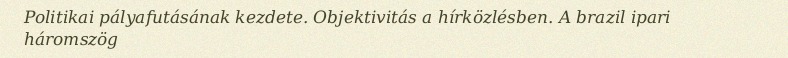
Politikai pályafutásának kezdete. Objektivitás a hírközlésben. A brazil ipari háromszög